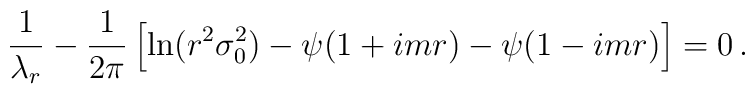
\frac{1}{\lambda_{r}}     -\frac{1}{2\pi}\left[\ln (r^{2}\sigma_{0}^{2})     -\psi (1+i m r)-\psi(1-i m r)\right] = 0\, .